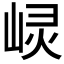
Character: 𱛰